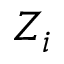
Z _ { i }